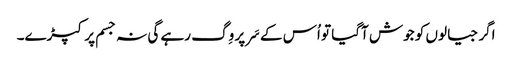
اگر جیالوں کو جوش آگیا تو اُس کے سَر پر وِگ رہے گی نہ جسم پر کپڑے۔